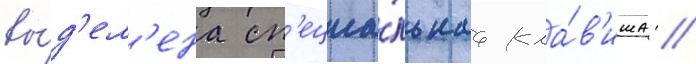
вы́д'ел'ена сп'ециа́льнаа кла́в'иша //